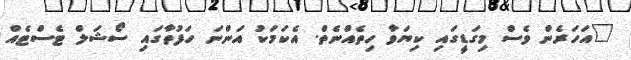
"އަހަރެން ވެސް މިގަޑީގައި ކިޔަވާ ހިތެއްނެތް. އެކަމަކު އަންނަ ހަފުތާގައި ސޯޝަލް ޓެސްޓެއް